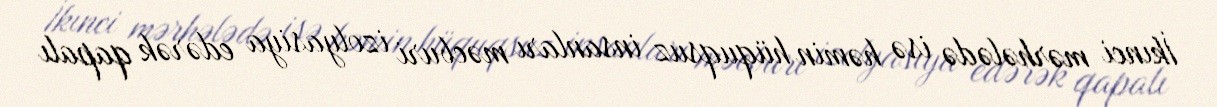
İkinci mərhələdə isə həmin hüquqsuz insanları məcburi izolyasiya edərək qapalı